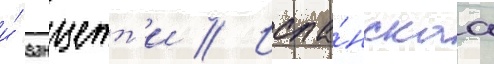
и́ ванцетт'и // Испа́нскаа